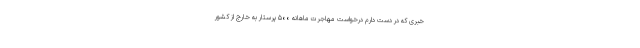
خبری که در دست دارم درخواست مهاجرت ماهانه ۵۰۰ پرستار به خارج از کشور